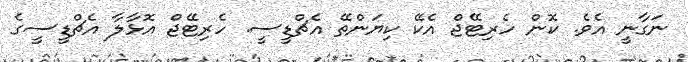
ނަގާނީ އެވެ. ކޮން ހެރިޓޭޖް އެކޭ ކިޔަންތޭ އެޗްޑީސީ. ހެރިޓޭޖް އޮޅާލާ އެޗްޑީސީގެ